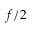
f / 2